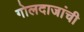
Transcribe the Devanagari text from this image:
गोलदाजांची